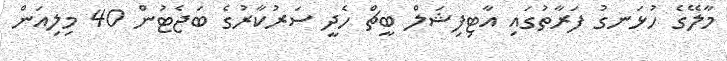
މާލޭގެ ހުޅަނގު ފަރާތުގައި އާޓިފިޝަލް ބީޗް ހެދީ ސަރުކާރުގެ ބަޖެޓުން 40 މިލިއަން